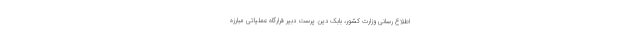
اطلاع رسانی وزارت کشور، بابک دین پرست دبیر قرارگاه عملیاتی مبارزه